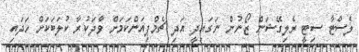
ލެސްޓާ ސިޓީ ރެލިގޭޝަން ޒޯނުން ނަގައިދީ އަދި ޗެމްޕިއަންކަމަށް ވާދަކުރާ ކުލަބަކަށް ހަދައި